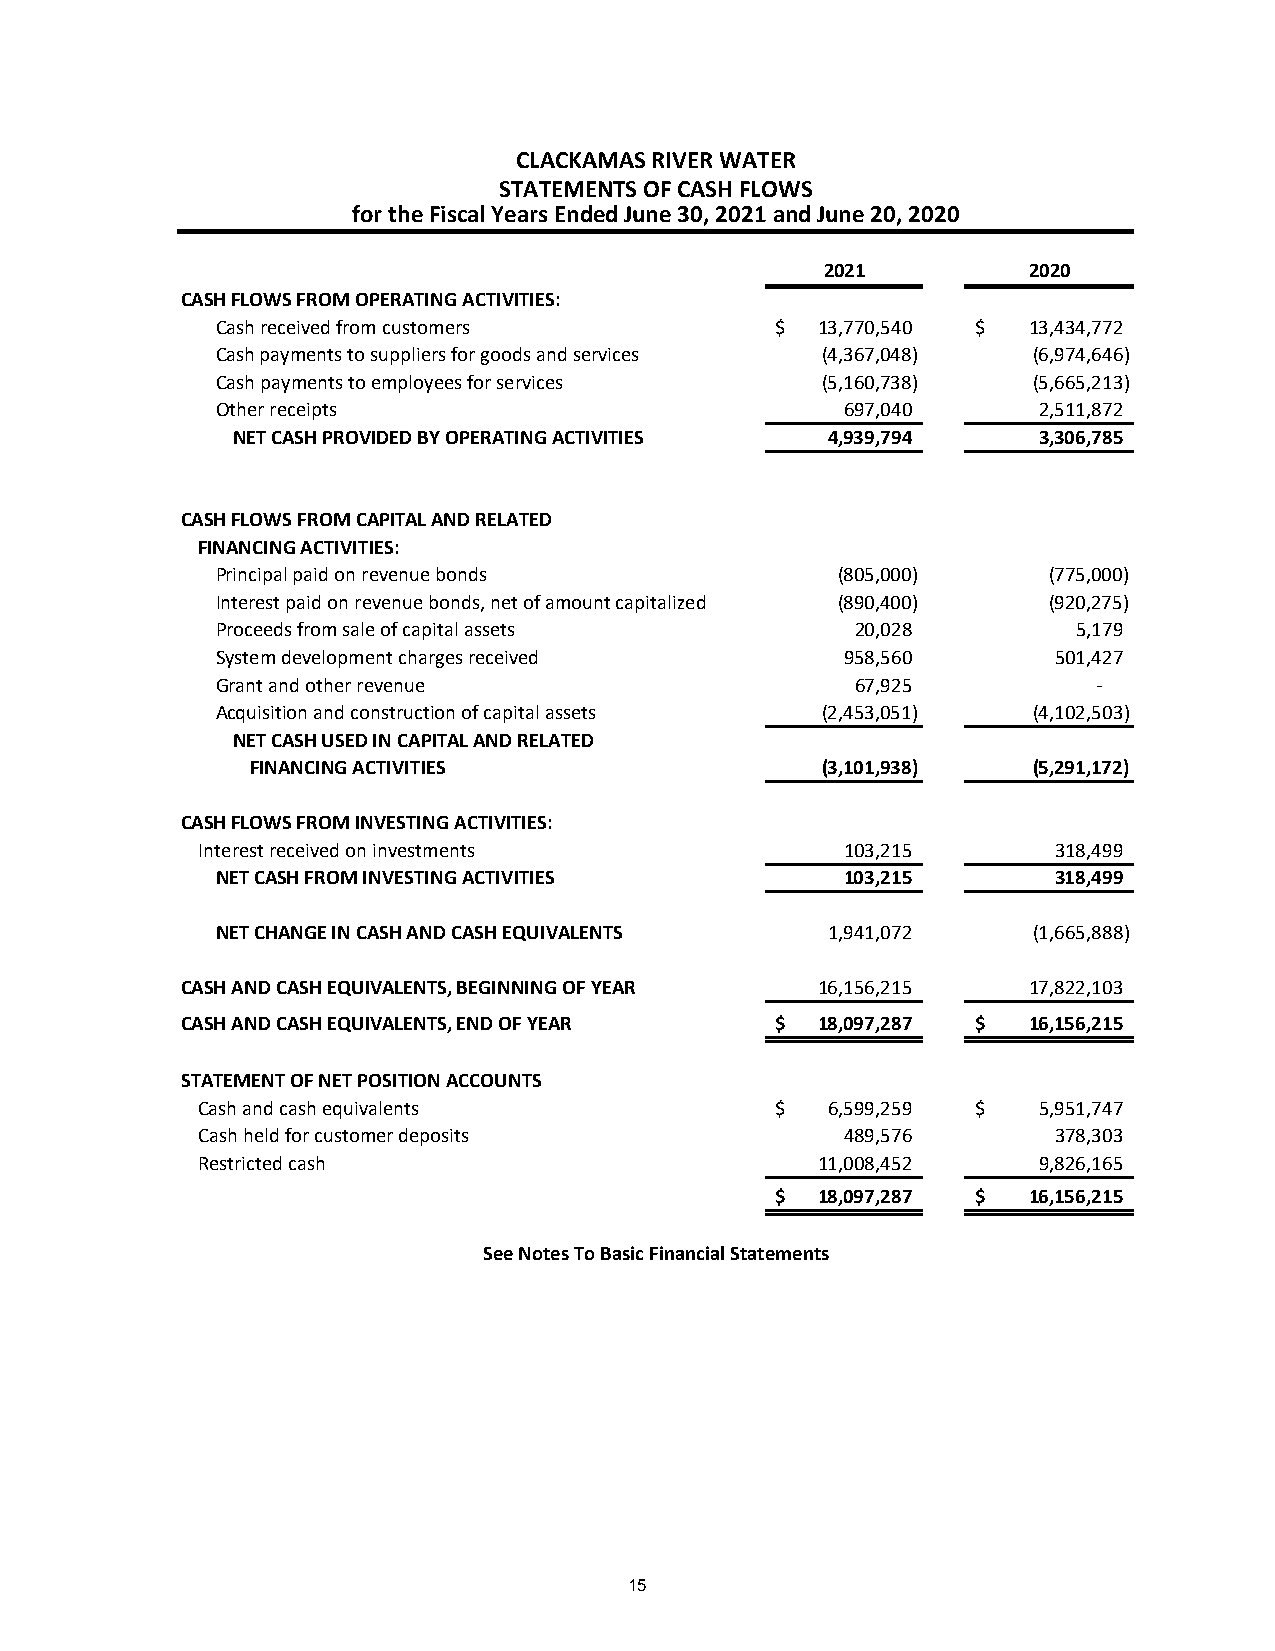
CLACKAMAS RIVER WATER
 STATEMENTS OF CASH FLOWS
 for the Fiscal Years Ended June 30, 2021 and June 20, 2020
 2021         2020
 CASH FLOWS FROM OPERATING ACTIVITIES:
 Cash received from customers         $  13,770,540 $  13,434,772
 Cash payments to suppliers for goods and services ( 4,367,048) (6,974,646)
 Cash payments to employees for services ( 5,160,738)  (5,665,213)
 Other receipts                            697,040      2,511,872
 NET CASH PROVIDED BY OPERATING ACTIVITIES 4,939,794   3,306,785
 CASH FLOWS FROM CAPITAL AND RELATED
 FINANCING ACTIVITIES:
 Principal paid on revenue bonds          (805,000)     (775,000)
 Interest paid on revenue bonds, net of amount capitalized (890,400) (920,275)
 Proceeds from sale of capital assets       20,028        5,179
 System development charges received       958,560       501,427
 Grant and other revenue                    67,925          -
 Acquisition and construction of capital assets (2,453,051) (4,102,503)
 NET CASH USED IN CAPITAL AND RELATED
 FINANCING ACTIVITIES                 (3,101,938)   (5,291,172)
 CASH FLOWS FROM INVESTING ACTIVITIES:
 Interest received on investments           103,215       3 18,499
 NET CASH FROM INVESTING ACTIVITIES        103,215       318,499
 NET CHANGE IN CASH AND CASH EQUIVALENTS  1,941,072    (1,665,888)
 CASH AND CASH EQUIVALENTS, BEGINNING OF YEAR 16,156,215 17,822,103
 CASH AND CASH EQUIVALENTS, END OF YEAR $  18,097,287 $  16,156,215
 STATEMENT OF NET POSITION ACCOUNTS
 Cash and cash equivalents             $   6 ,599,259 $  5,951,747
 Cash held for customer deposits            489,576       378,303
 Restricted cash                          11,008,452     9,826,165
 $  18,097,287 $  16,156,215
 See Notes To Basic Financial Statements
 15